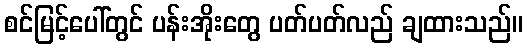
စင်မြင့်ပေါ်တွင် ပန်းအိုးတွေ ပတ်ပတ်လည် ချထားသည်။